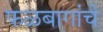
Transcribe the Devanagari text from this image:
फळबागांचे